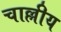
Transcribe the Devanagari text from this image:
चाल्लीय